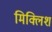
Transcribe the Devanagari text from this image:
मिक्लिश